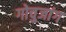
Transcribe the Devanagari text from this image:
गोचुजांग